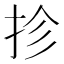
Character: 抮